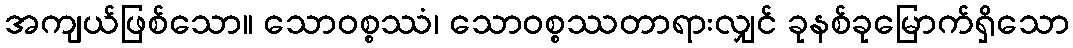
အကျယ်ဖြစ်သော။ သောဝစ္စဿံ၊ သောဝစ္စဿတာရားလျှင် ခုနစ်ခုမြောက်ရှိသော